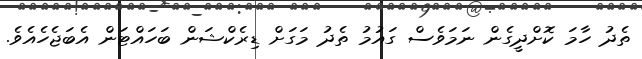
ތެދު ހާމަ ކޮށްދީގެން ނަމަވެސް ގައުމު ތެދު މަގަށް ޑިރެކްޝަން ބަހައްޓަން އެބަޖެހެއެވެ.